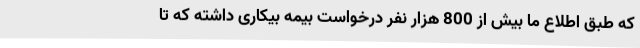
که طبق اطلاع ما بیش از 800 هزار نفر درخواست بیمه بیکاری داشته که تا